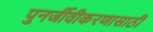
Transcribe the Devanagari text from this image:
पुनर्जीवीकरणासाठी